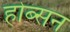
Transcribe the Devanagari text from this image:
होब्सन